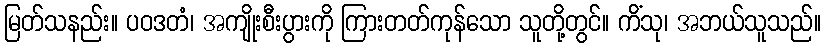
မြတ်သနည်း။ ပဝဒတံ၊ အကျိုးစီးပွားကို ကြားတတ်ကုန်သော သူတို့တွင်။ ကိံသု၊ အဘယ်သူသည်။